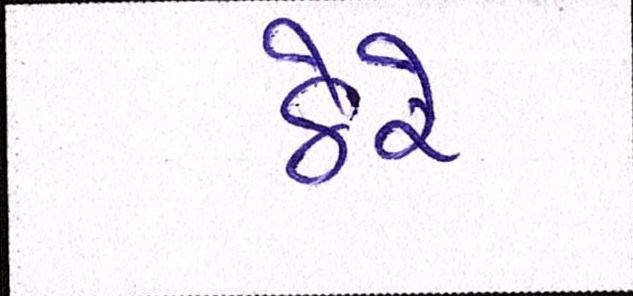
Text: ઠેરે